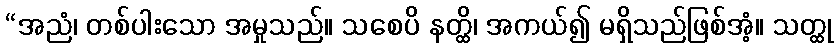
“အညံ၊ တစ်ပါးသော အမှုသည်။ သစေပိ နတ္ထိ၊ အကယ်၍ မရှိသည်ဖြစ်အံ့။ သတ္ထု